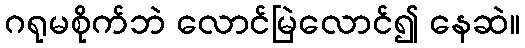
ဂရုမစိုက်ဘဲ လောင်မြဲလောင်၍ နေဆဲ။